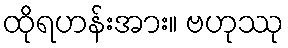
ထိုရဟန်းအား။ ဗဟုဿု